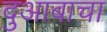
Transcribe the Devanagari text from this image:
दुआबाचा